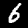
Digit: 6